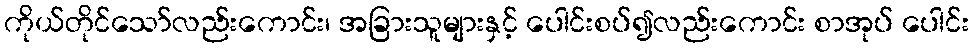
ကိုယ်တိုင်သော်လည်းကောင်း၊ အခြားသူများနှင့် ပေါင်းစပ်၍လည်းကောင်း စာအုပ် ပေါင်း